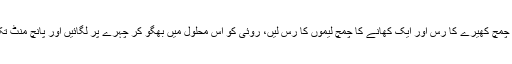
ایک بائول میں ایک کھانے کا چمچ کھیرے کا رس اور ایک کھانے کا چمچ لیموں کا رس لیں، روئی کو اس محلول میں بھگو کر چہرے پر لگائیں اور پانچ منٹ تک آہستہ آہستہ چہرے پر ملیں ۔